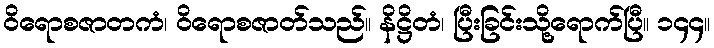
ဝိရောစဇာတကံ၊ ဝိရောစဇာတ်သည်။ နိဋ္ဌိတံ၊ ပြီးခြင်းသို့ရောက်ပြီ။ ၁၄၄။